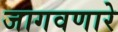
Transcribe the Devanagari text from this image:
जागवणारे